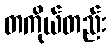
တကိုယ်တည်း